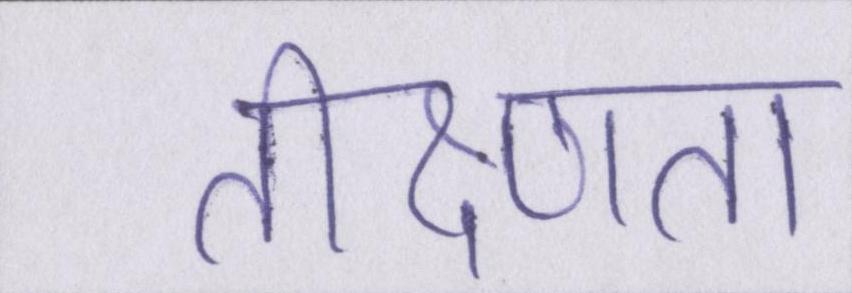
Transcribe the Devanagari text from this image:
तीक्ष्णता